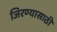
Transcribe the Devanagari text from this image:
जिरण्यासाठी